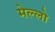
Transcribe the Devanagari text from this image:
मेल्लो